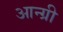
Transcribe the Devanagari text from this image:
आन्ग्री